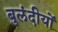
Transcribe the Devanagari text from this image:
बुलंदीयों